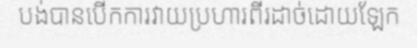
បង់បានបើកការវាយប្រហារពីរដាច់ដោយឡែក